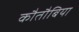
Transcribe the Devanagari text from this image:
कौतौबिया